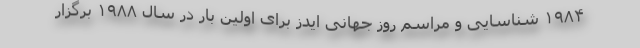
۱۹۸۴ شناسایی و مراسم روز جهانی ایدز برای اولین بار در سال ۱۹۸۸ برگزار